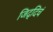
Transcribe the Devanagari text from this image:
जिद्दिचं